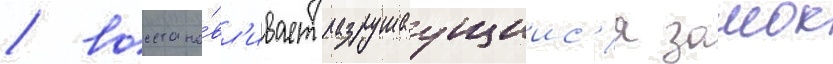
/ восстана́вл'ивает разрушаущиис'я замок